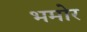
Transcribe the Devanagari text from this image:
भमोर